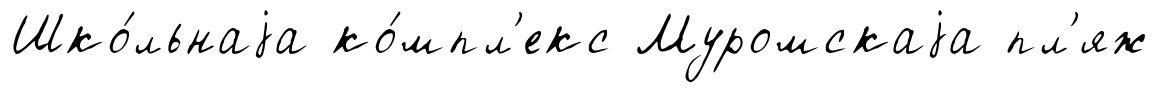
Шко́льнаjа ко́мпл'екс Муромскаjа пл'яж